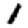
Digit: 1